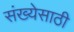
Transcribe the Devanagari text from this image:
संख्‍येसाठी